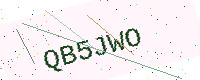
Text: QB5JWO